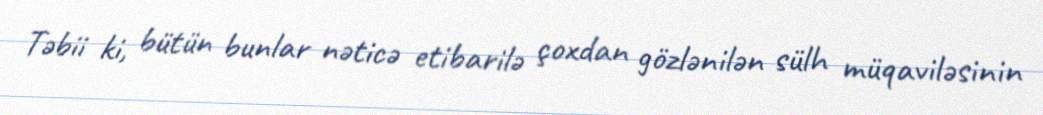
Təbii ki, bütün bunlar nəticə etibarilə çoxdan gözlənilən sülh müqaviləsinin